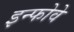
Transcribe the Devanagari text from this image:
इन्फोवे